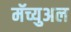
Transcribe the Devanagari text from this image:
मॅच्युअल